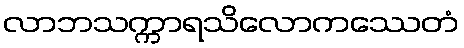
လာဘသက္ကာရသိလောကဿေတံ